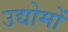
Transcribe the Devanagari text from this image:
उद्योमों